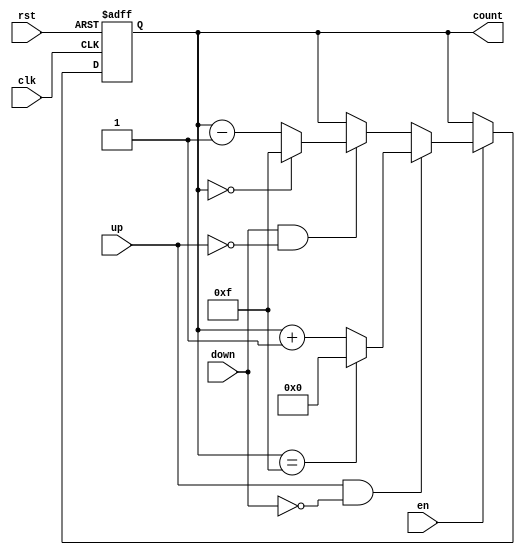
module binary_counter (
    input wire clk,        // Clock signal
    input wire rst,        // Asynchronous reset
    input wire en,         // Enable signal
    input wire up,         // Up count enable
    input wire down,       // Down count enable
    output reg [N-1:0] count // Counter value (N-bit register)
);

// Parameter to define the width of the counter
parameter N = 4; // 4-bit counter

// Initial value for the counter
initial begin
    count = 0;
end

// Always block for synchronous counting
always @(posedge clk or posedge rst) begin
    if (rst) begin
        count <= 0; // Reset the counter to 0
    end else if (en) begin
        if (up && !down) begin
            // Up counting logic
            if (count == {N{1'b1}}) // Check if maximum value is reached
                count <= 0; // Roll over to 0
            else
                count <= count + 1; // Increment the counter
        end else if (down && !up) begin
            // Down counting logic
            if (count == 0) // Check if minimum value is reached
                count <= {N{1'b1}}; // Roll over to maximum value
            else
                count <= count - 1; // Decrement the counter
        end
        // If both up and down are active, do nothing or define behavior
    end
end

endmodule